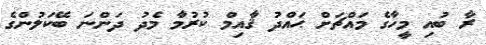
ރާ ބުއި މީހާގެ މައްޗަށް ޙައްދު ޤާއިމް ކުރުމާ މެދު ދަންނަ ބޭކަލުންގެ